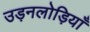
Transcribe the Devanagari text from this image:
उड़नलोड़ियाँ